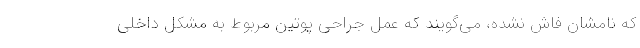
که نامشان فاش نشده، می‌گویند که عمل جراحی پوتین مربوط به مشکل داخلی